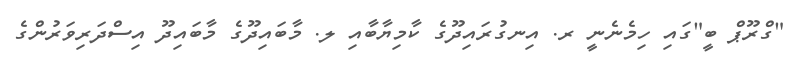
"ގްރޫޕް ބީ"ގައި ހިމެނެނީ ރ. އިނގުރައިދޫގެ ކާމިޔާބާއި ލ. މާބައިދޫގެ މާބައިދޫ އިސްދަރިވަރުންގެ